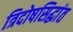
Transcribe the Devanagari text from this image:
त्रिदोषसिद्धांत